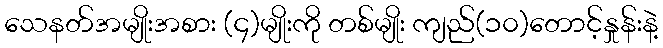
သေနတ်အမျိုးအစား (၄)မျိုးကို တစ်မျိုး ကျည်(၁၀)တောင့်နှုန်းနဲ့